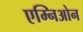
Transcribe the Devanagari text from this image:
एम्निओन